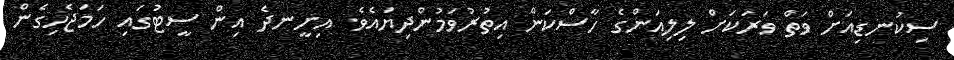
ސިކުނޑިއަށް ވަތް ވަރަކަށް ލިލިއަންގެ ހާސްކަން އިތުރުވަމުންދިޔައެވެ. އިށީނދެ އިން ސީޓުގައި ހަމަޖެހިގެން